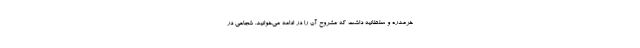
خرمدره و سلطانیه داشت که مشروح آن را در ادامه می‌خوانید. شجاعی در